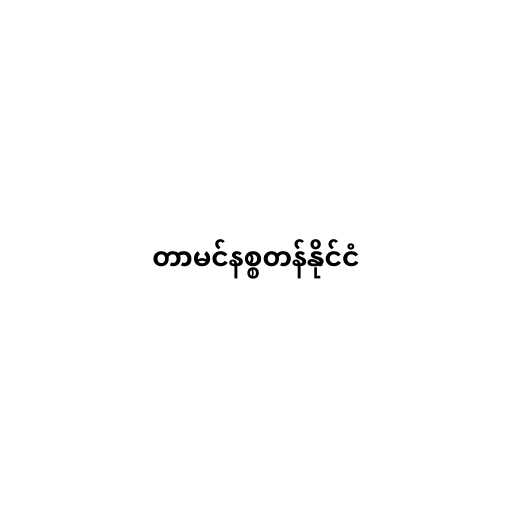
တာမင်နစ္စတန်နိုင်ငံ